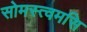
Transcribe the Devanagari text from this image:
सोमस्त्वमसि